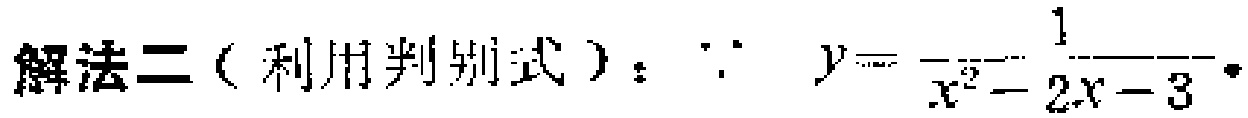
解法二（利用判别式）：$\because y = \frac{1}{x^{2}-2x - 3}$